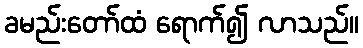
ခမည်းတော်ထံ ရောက်၍ လာသည်။